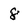
Character: 8